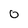
Character: 0